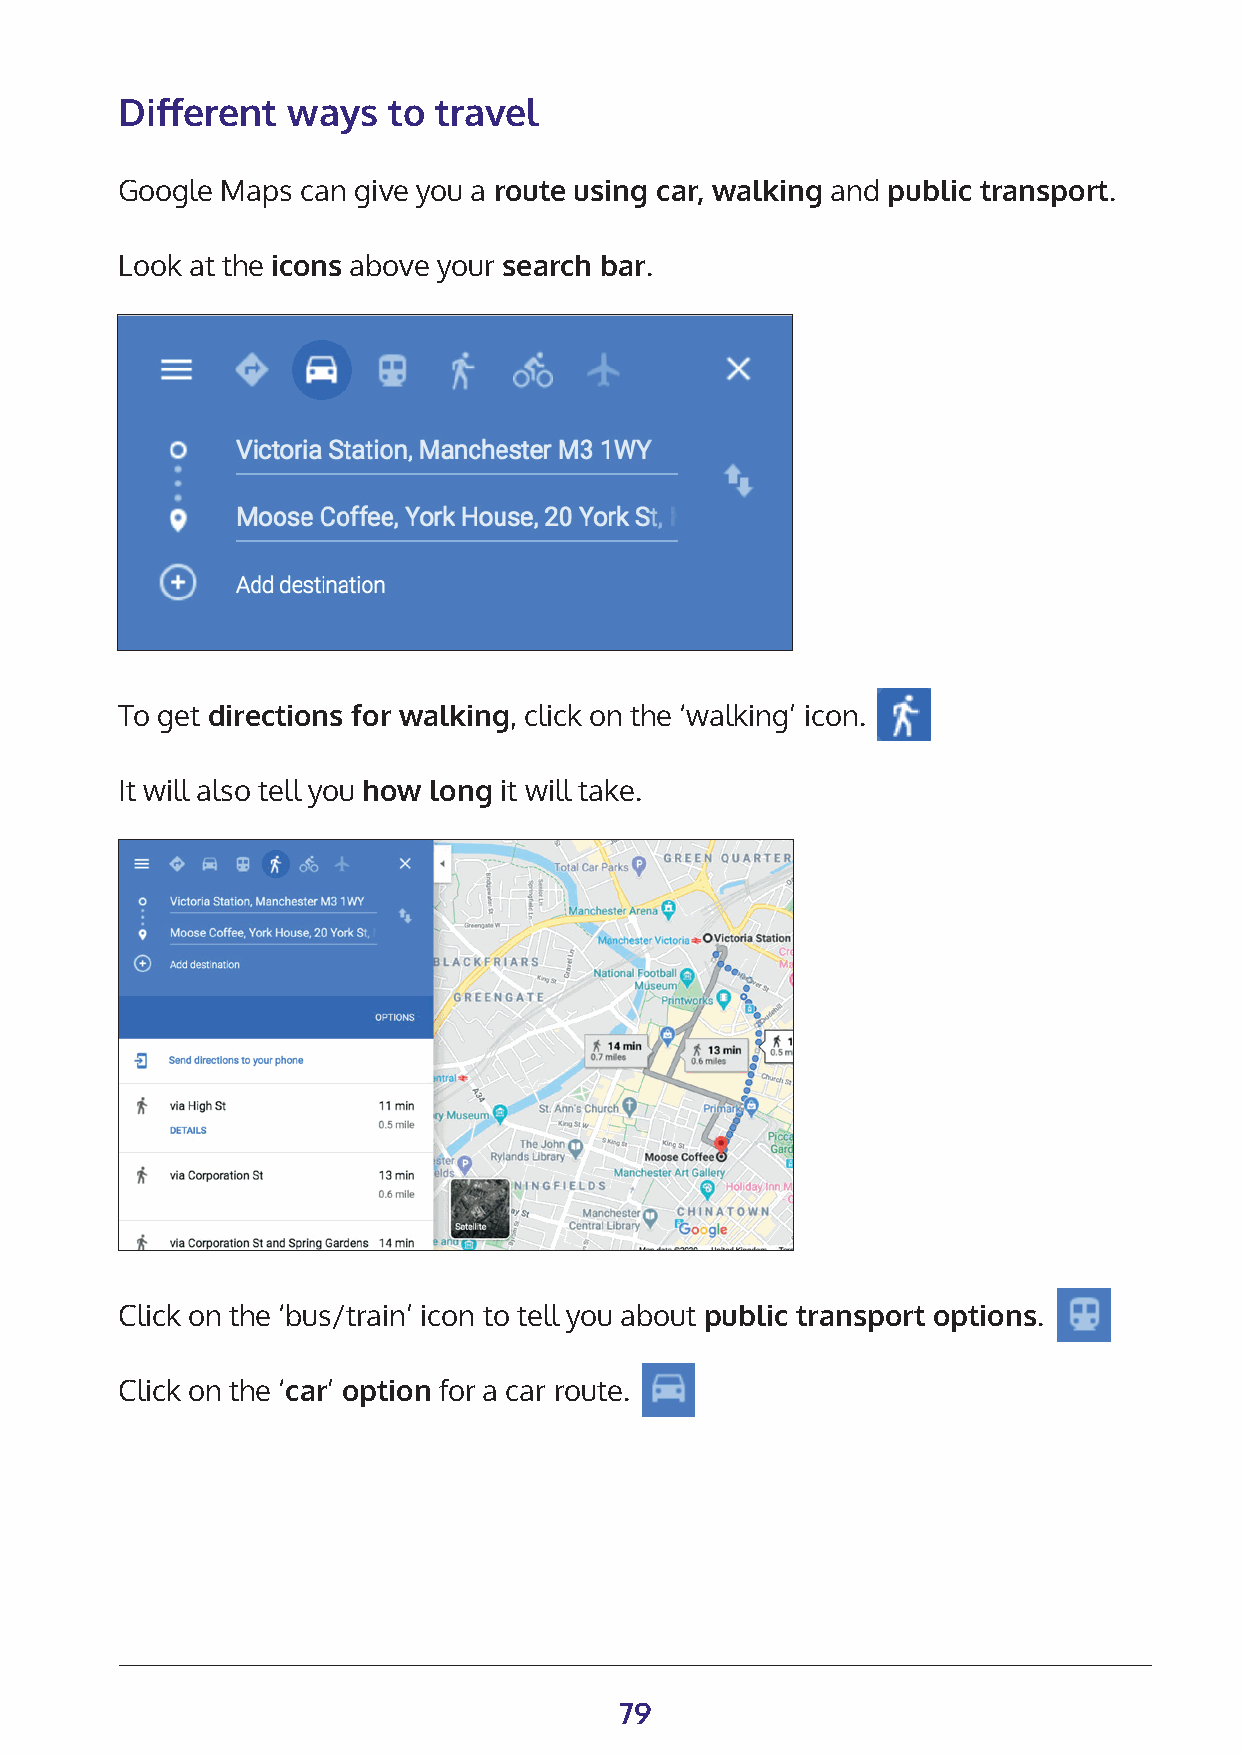
Different  ways   to travel
 Google Maps can give you a route using car, walking and public transport.
 Look at the icons above your search bar.
 To get directions for walking, click on the ‘walking’ icon.
 It will also tell you how long it will take.
 Click on the ‘bus/train’ icon to tell you about public transport options.
 Click on the ‘car’ option for a car route.
 79